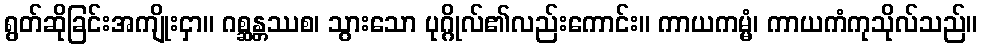
ရွတ်ဆိုခြင်းအကျိုးငှာ။ ဂစ္ဆန္တဿစ၊ သွားသော ပုဂ္ဂိုလ်၏လည်းကောင်း။ ကာယကမ္မံ၊ ကာယကံကုသိုလ်သည်။